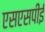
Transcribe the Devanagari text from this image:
एसएसपीई